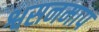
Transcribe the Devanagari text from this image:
श्वसनमाप